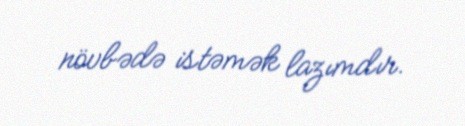
növbədə istəmək lazımdır.